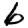
Digit: 6